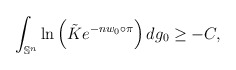
\begin{align*}\int_{\mathbb{S}^n} \ln \left(\tilde{K}e^{-nw_0\circ \pi}\right)dg_0&\geq -C,\end{align*}